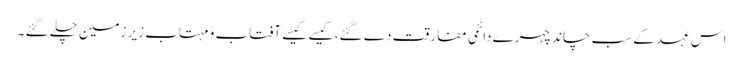
اس عہد کے سب چاند چہرے دائمی مفارقت دے گئے، کیسے کیسے آفتاب و مہتاب زیر زمین چلے گئے ۔